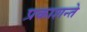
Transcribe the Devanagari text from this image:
प्रकाशन्ते